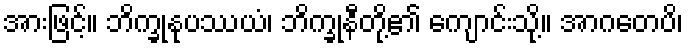
အားဖြင့်။ ဘိက္ခုနုပဿယံ၊ ဘိက္ခုနီတို့၏ ကျောင်းသို့။ အာဂတေပိ၊